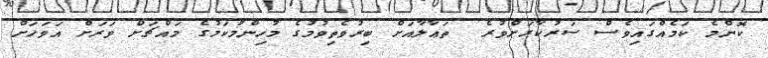
ކޮންމެ ކަމެއްގައިވެސް ސަރުކާރަށްވުރެ  ތަޢާލާއަށް ބިރުވެތިވުމުގެ މުހިންމުކަމުގެ މައްޗަށް ވަރަށް އަވަހަށް